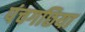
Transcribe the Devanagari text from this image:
पंचगछिया